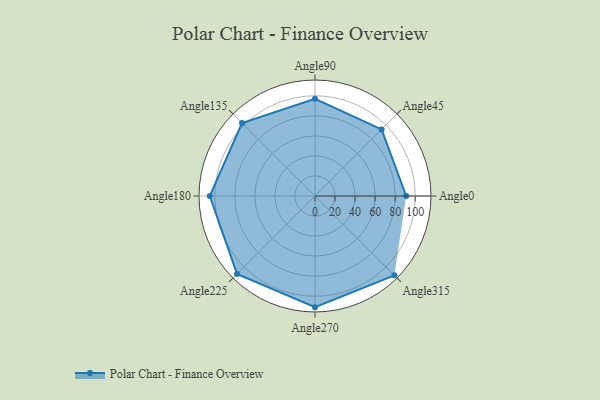
{"axis": {"x": "Angle", "y": "Radius"}, "legend": [""], "data": [{"x": "Angle0", "y": 91.0, "type": ""}, {"x": "Angle45", "y": 94.0, "type": ""}, {"x": "Angle90", "y": 97.0, "type": ""}, {"x": "Angle135", "y": 103.0, "type": ""}, {"x": "Angle180", "y": 105.0, "type": ""}, {"x": "Angle225", "y": 110.0, "type": ""}, {"x": "Angle270", "y": 111.0, "type": ""}, {"x": "Angle315", "y": 112.0, "type": ""}]}